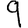
Digit: 9